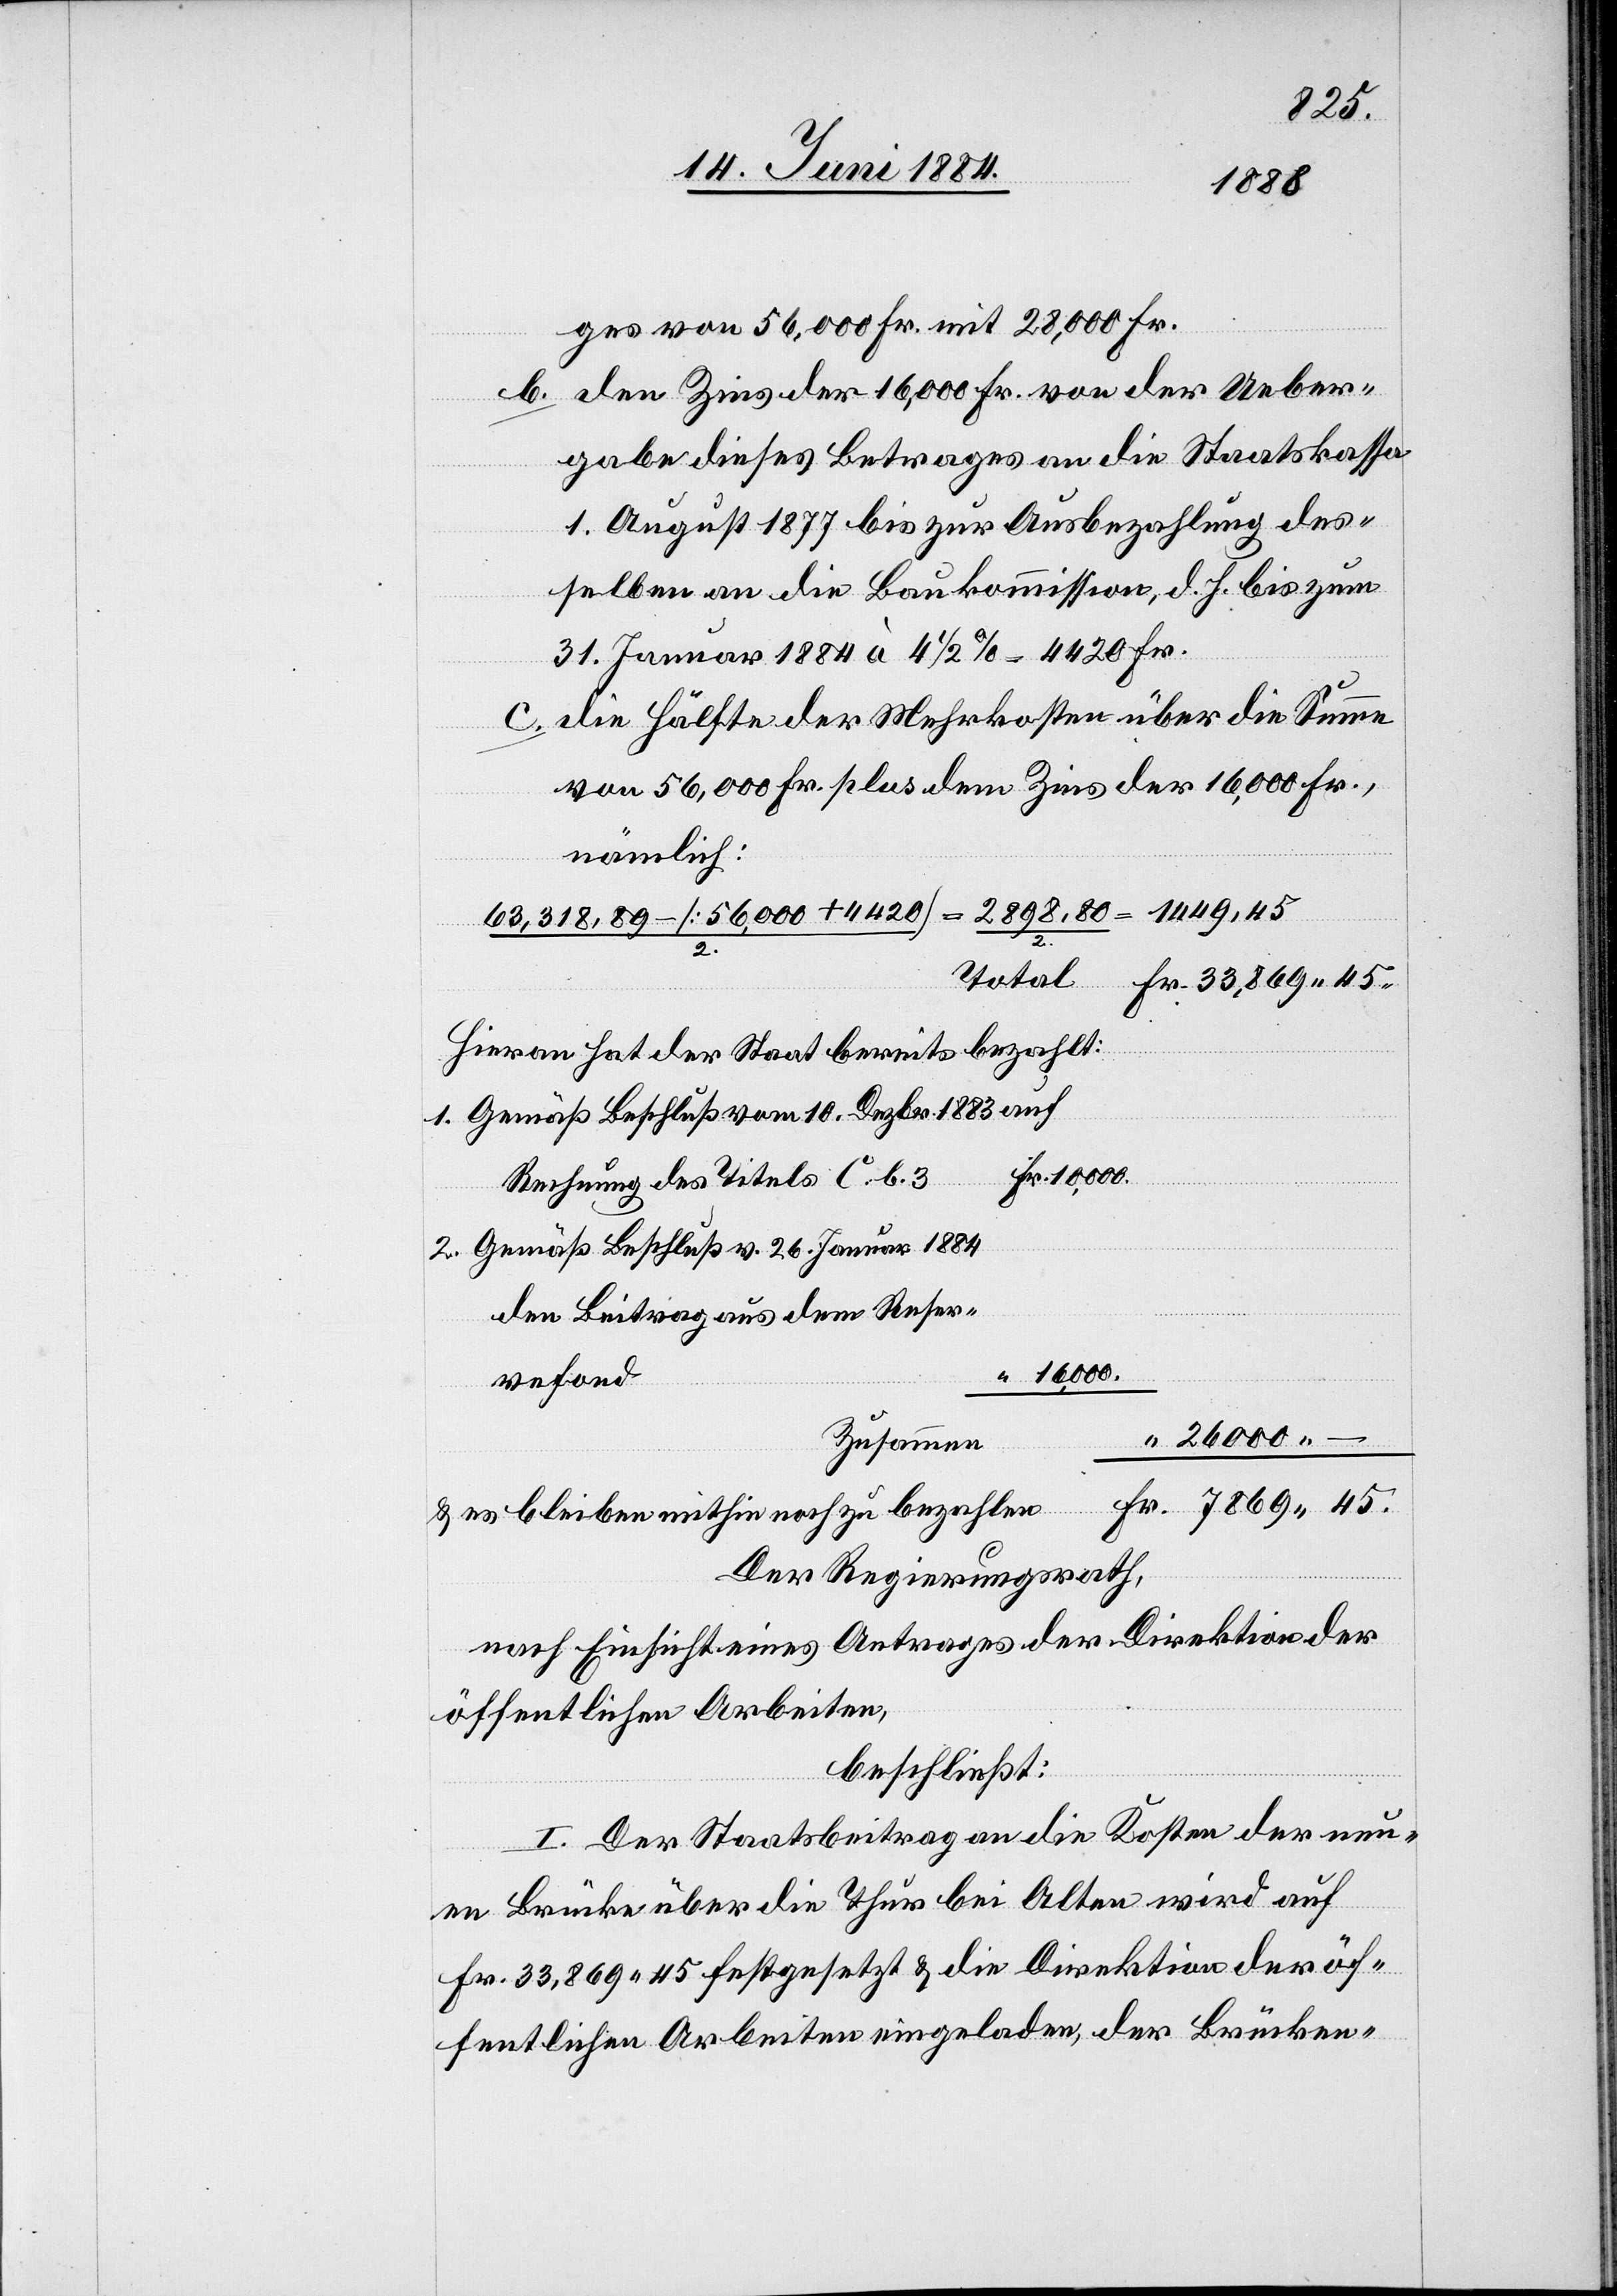
7869
45.
ges von 56,000 Fr. mit 28,000 Fr.
b. den Zins der 16,000 Fr. von der Ueber¬
gabe dieses Betrages an die Staatskassa
1. August 1877 bis zur Ausbezahlung des¬
selben an die Baukommission, d. h. bis zum
dem
31. Januar 1884 à 4 1/2% = 4420 Fr.
c. die Hälfte der Mehrkosten über die Summe
von 56,000 Fr. plus dem Zins der 16,000 Fr.,
nämlich:
63,318,89 – [56,000 + 4420]/2 = 2898,80/2 =
Hieran hat der Staat bereits bezahlt:
1.Gemäß Beschluß vom 10. Dezbr. 1883 auf
Fr.
eiben
Rechnung des Titels C. b. 3
2. Gemäß Beschluß v. 26. Januar 1884
16,000.
vefond
Zusammen
Der Regierungsrath,
nach Einsicht eines Antrages der Direktion der
öffentlichen Arbeiten,
beschließt:
I. Der Staatsbeitrag an die Kosten der neu¬
en Brücke über die Thur bei Alten wird auf
Fr. 33,869 45 festgesetzt & die Direktion der öf¬
fentlichen Arbeiten eingeladen, der Brücken-